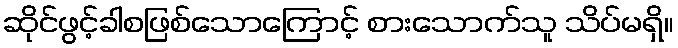
ဆိုင်ဖွင့်ခါစဖြစ်သောကြောင့် စားသောက်သူ သိပ်မရှိ။